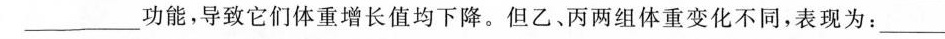
___功能，导致它们体重增长值均下降。但乙、丙两组体重变化不同，表现为：__